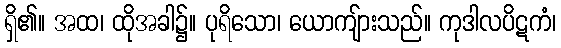
ရှိ၏။ အထ၊ ထိုအခါ၌။ ပုရိသော၊ ယောကျ်ားသည်။ ကုဒါလပိဋကံ၊